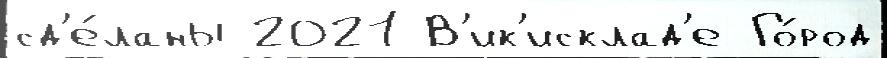
сд'е́ланы 2021 В'ик'исклад'е Го́род